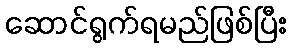
ဆောင်ရွက်ရမည်ဖြစ်ပြီး